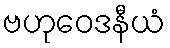
ဗဟုဝေဒနီယံ